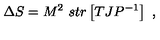
\Delta S = M ^ { 2 } \ s t r \left[ T J P ^ { - 1 } \right] \ ,